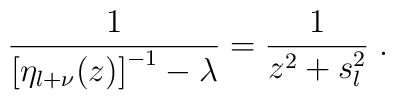
\frac{1}{\left[ \eta_{l+\nu}(z) \right]^{-1}- \lambda }= \frac{1}{z^{2} + s_{l}^{2}}\;  .